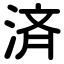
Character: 済